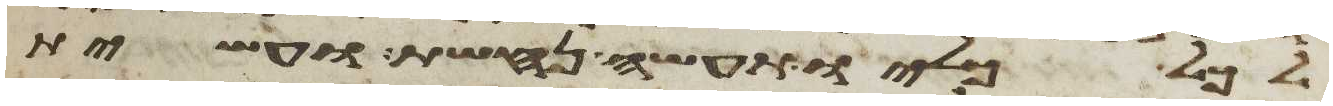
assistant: לכל כליו תעשה נחשת ועשית